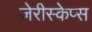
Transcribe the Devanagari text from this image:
ज़ेरीस्‍केप्‍स